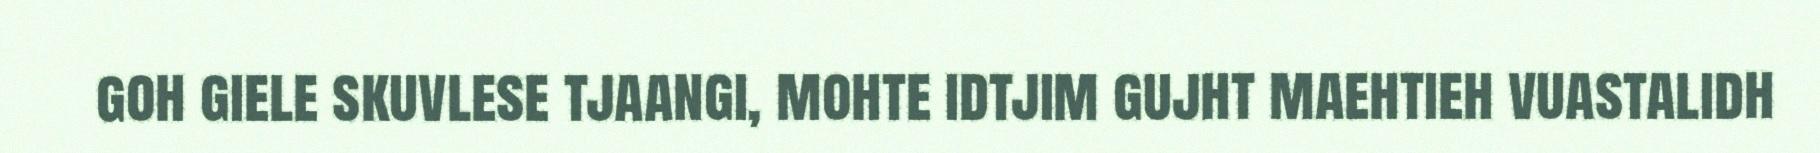
goh giele skuvlese tjaangi, mohte idtjim gujht maehtieh vuastalidh